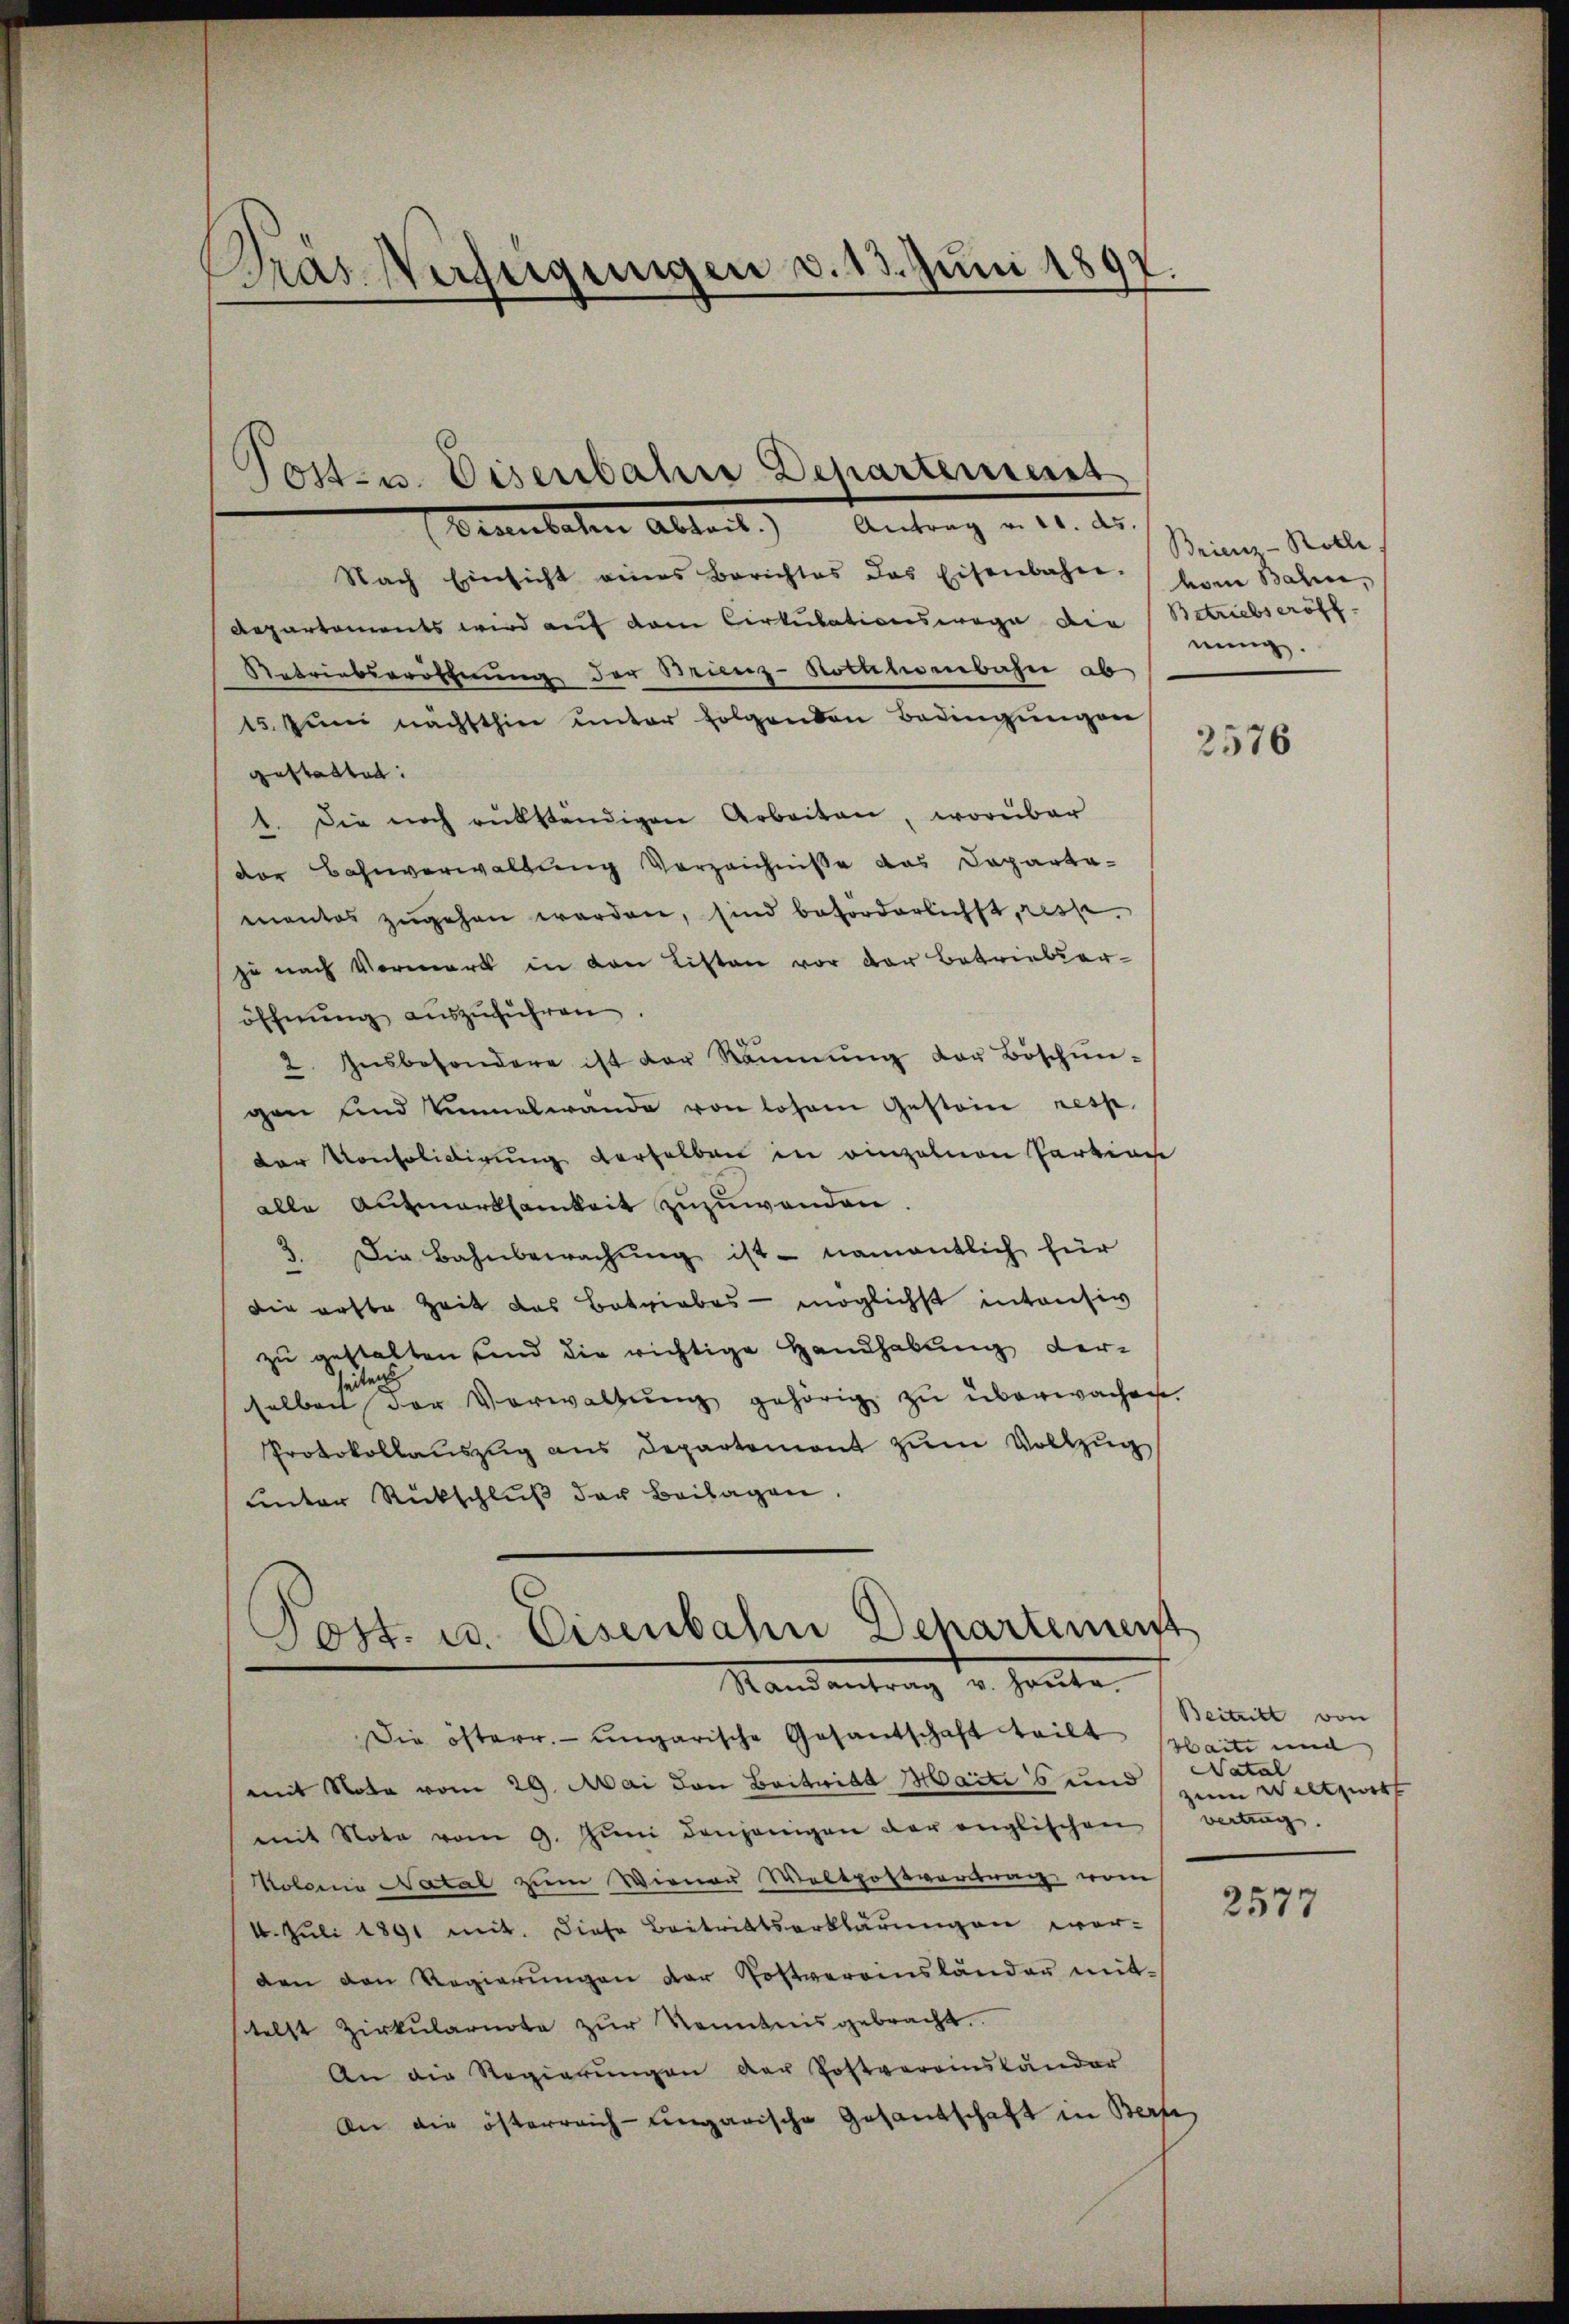
Gras Verfügungen d. 13. Juni 1897.

Post- u. Eisenbahne Departement

(Brennebaten Abtreit.) Antrag u. 11. ds.
Nach Einsicht eines Berichtes das Eisenbahn vom Bahn,
Repartements wird auf vom Cirkulationswege die
Retriebseröffnung der Brunz-Nothlenbahn ab
15. Jŭni nachsthin ŭnter folgenden Bedingŭngen
gestatten:
1. Die noch rükständigen Arbeiten, worüber
der Bahnverwaltung Vorzeichniße das Departa-
mantes zŭgehen werden, sind beforderlichst, resp.
zu nach Vormerk in den Listen vor der Betrieberöffnung auszuführen
2. Insbesondere ist der Räumung der Böschŭn-
gan und innelwande von losen Gestein resp.
der Konsolidirung derselben in einzelnen Partinge
alle Aufmerksamkeit zuzuwenden.
2. Die Bahnbewachŭng ist - namentlich für
die erste Zeit das Betriebes - möglichst intensiv
zu gestalten und die richtige Handhabung derseiten
selben der Verwaltŭng gehörig zu überwachen.
Protokollauszug aus Departement zum Vollzug
unter Rückschluß der Beilagen.

Post. u. Eisenbahn Departement
Randantrag v. Heute

Die österr. ungarische Gesantschaft teilt
(mit Note vom 29. Mai den Beitwill Maite 6 und Natal
mit Nota vom 9. Jŭni denjenigen der englischen
Kolonie Natal zum Wiener Woltpostvertrag vom
1. Jŭli 1891 mit. Diese Beitrittserklärŭngen wor-
den den Regierŭngen der Postvereinsländer mitstelst Zirkŭlarnote zŭr Kenntnis gebracht.
An die Regierungen der Postvereinständer
An die österreich-ungarische Gesandschaft in Berfe

Brien-Rothe
Betriebseröff
weng

2576

Beitritt von
Haite und
zum Weltzwirt
vertrag.

2577